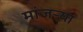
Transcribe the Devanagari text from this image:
मांजर्‍या